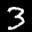
Label: 3